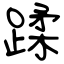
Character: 蹂